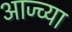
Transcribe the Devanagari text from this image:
आज्च्या